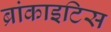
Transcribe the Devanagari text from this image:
ब्रांकाइटिस